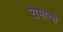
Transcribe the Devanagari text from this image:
रोमान्शे